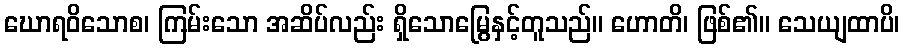
ဃောရဝိသောစ၊ ကြမ်းသော အဆိပ်လည်း ရှိသောမြွေနှင့်တူသည်။ ဟောတိ၊ ဖြစ်၏။ သေယျထာပိ၊